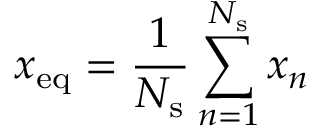
x _ { \mathrm { { e q } } } = \frac { 1 } { N _ { \mathrm { s } } } \sum _ { n = 1 } ^ { N _ { \mathrm { s } } } x _ { n }